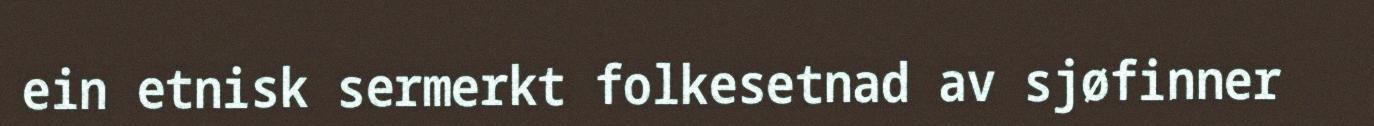
ein etnisk sermerkt folkesetnad av sjøfinner